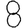
Digit: 8